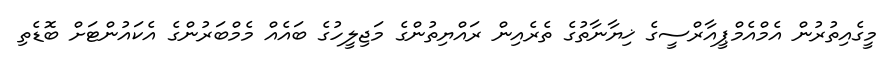
މީގެއިތުރުން އެމްއެމްޕީއާރްސީގެ ޚިޔާނާތުގެ ތެރެއިން ރައްޔިތުންގެ މަޖިލީހުގެ ބައެއް މެމްބަރުންގެ އެކައުންޓަށް ބޮޑެތި